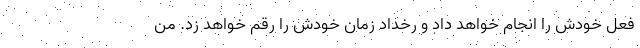
فعل خودش را انجام خواهد داد و رخداد زمان خودش را رقم خواهد زد. من